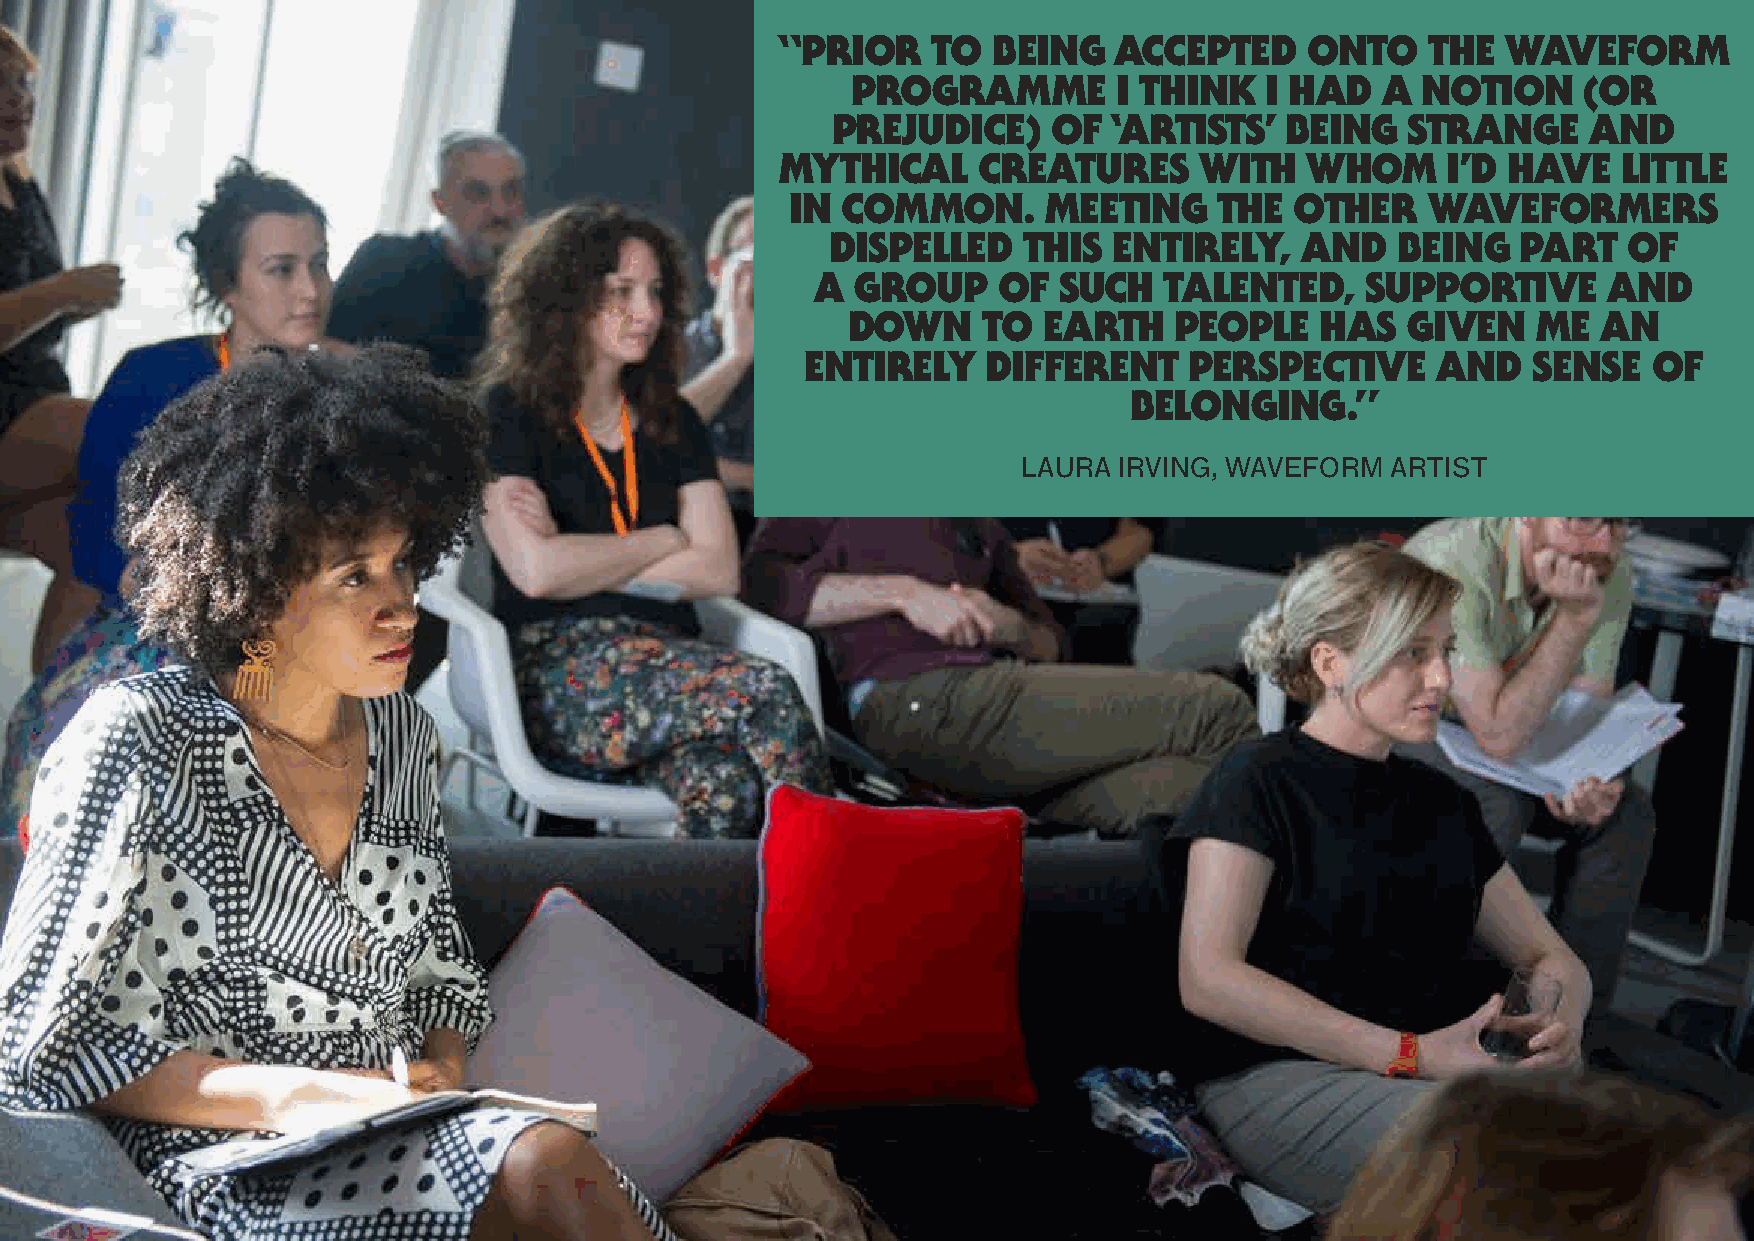
“prIor    to  BeInG   accepted     onto    the  waveForm
 proGramme         I thInk   I had   a notIon     (or
 prejudIce)     oF  ‘artIsts’  BeInG   stranGe     and
 mythIcal     creatures     wIth    whom     I’d have   lIttle
 In  common.      meetInG     the  other    waveFormers
 dIspelled    thIs  entIrely,   and    BeInG   part   oF
 a  Group    oF  such   talented,    supportIve      and
 down     to  earth    people   has   GIven    me  an
 entIrely    dIFFerent     perspectIve     and   sense   oF
 BelonGInG.”
 lauRa IRVIng, WaVefoRm  aRtIst